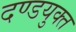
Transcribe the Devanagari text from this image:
दण्डयुक्त